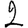
Digit: 2